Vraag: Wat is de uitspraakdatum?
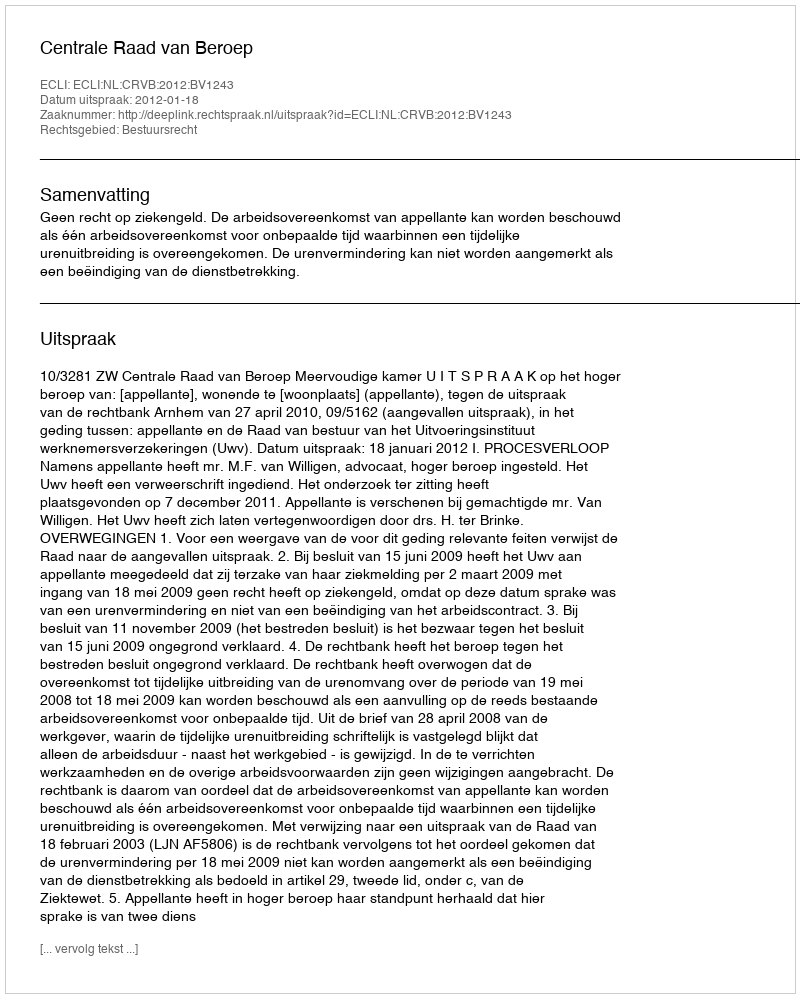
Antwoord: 2012-01-18